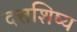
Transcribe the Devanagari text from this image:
दत्तशिष्य